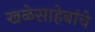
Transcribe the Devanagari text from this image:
खळेसाहेबांचे